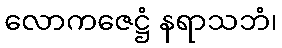
လောကဇေဋ္ဌံ နရာသဘံ၊